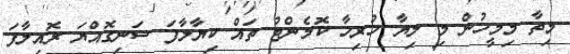
މިތާ މިމީހުން މި ލިޔާ ހުރިހާ ކޮމެންޓު ތައް ކިޔާލާފަ ސަނިގޮއްޔަ ރޮއިލާފަ